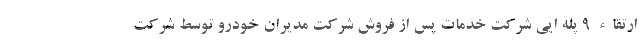
ارتقاء 9 پله ایی شرکت خدمات پس از فروش شرکت مدیران خودرو توسط شرکت